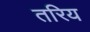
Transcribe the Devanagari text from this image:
तरिय